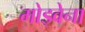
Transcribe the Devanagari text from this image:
मोड्वेना